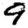
Digit: 9